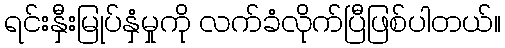
ရင်းနှီးမြုပ်နှံမှုကို လက်ခံလိုက်ပြီဖြစ်ပါတယ်။